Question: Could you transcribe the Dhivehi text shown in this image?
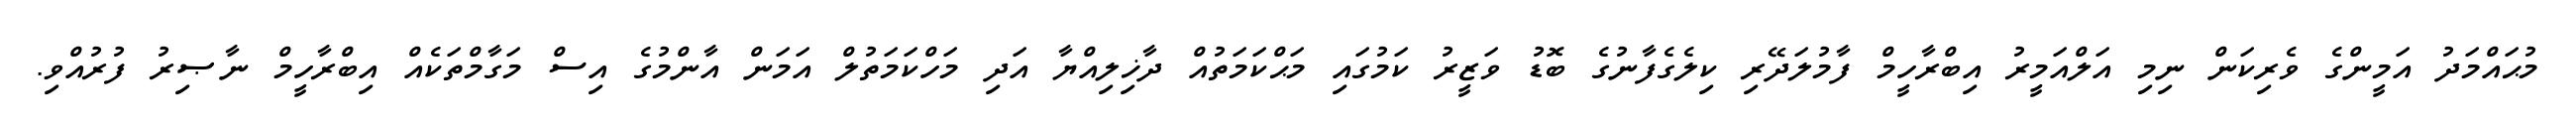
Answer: މުޙައްމަދު އަމީންގެ ވެރިކަން ނިމި އަލްއަމީރު އިބްރާހީމް ފާމުލަދޭރި ކިލެގެފާނުގެ ބޮޑު ވަޒީރު ކަމުގައި މަޙްކަމަތުއް ދާޚިލިއްޔާ އަދި މަހްކަމަތުލް އަމަން އާންމުގެ އިސް މަގާމްތަކެއް އިބްރާހީމް ނާޞިރު ފުރުއްވި.